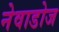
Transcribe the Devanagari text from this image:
नेवाडोज